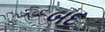
બદ